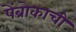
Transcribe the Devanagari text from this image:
पेंब्रोकाची